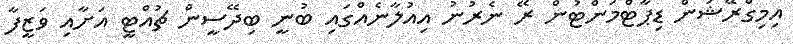
އިމިގްރޭޝަން ޑިޕާޓްމަންޓުން ރޭ ނެރުނު އިއުލާނެއްގައި ބުނީ ބިދޭސީން ޗުއްޓީ އަށާއި ވަޒީފާ